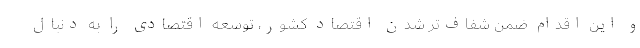
و این اقدام ضمن شفاف‌تر شدن اقتصاد کشور، توسعه اقتصادی را به دنبال